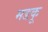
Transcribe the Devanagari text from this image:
मडकू